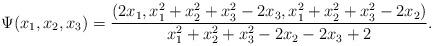
LaTeX: \begin{align*}\Psi(x_1, x_2, x_3) =\frac{(2x_1, x_1^2 + x_2^2 + x_3^2 - 2x_3, x_1^2 + x_2^2 + x_3^2 - 2x_2)}{x_1^2 + x_2^2 + x_3^2 - 2x_2 - 2x_3 + 2}.\end{align*}